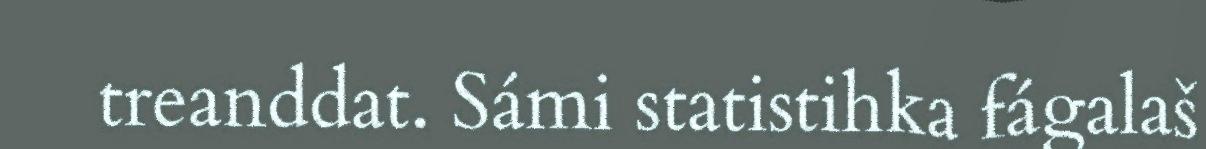
treanddat. Sámi statistihka fágalaš